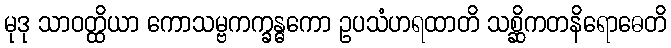
မုဒု သာဝတ္ထိယာ ကောသမ္ဗကက္ခန္ဓကော ဥပသံဟရထာတိ သစ္ဆိကတနိရောဓေတိ